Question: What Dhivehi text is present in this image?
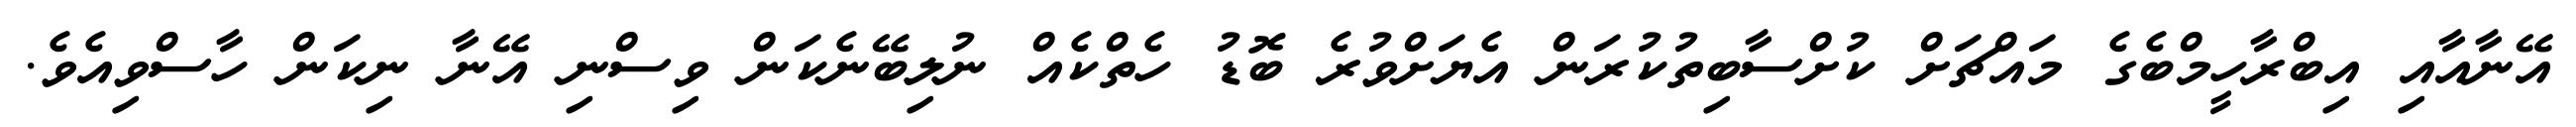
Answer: އޭނާއާއި އިބްރާހީމްބެގެ މައްޗަށް ކުށްސާބިތުކުރަން އެޔަށްވުރެ ބޮޑު ހެތްކެއް ނުލިބޭނެކަން ވިސްނި އޭނާ ނިކަން ހާސްވިއެވެ.